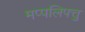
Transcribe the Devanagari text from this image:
मप्पलिपत्तु